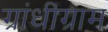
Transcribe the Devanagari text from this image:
ग्रांधीग्राम